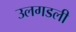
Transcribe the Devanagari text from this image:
उलगडली